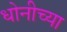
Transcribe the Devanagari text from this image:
धोनीच्या